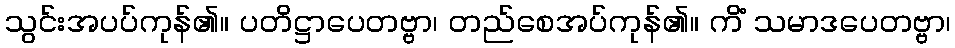
သွင်းအပပ်ကုန်၏။ ပတိဋ္ဌာပေတဗ္ဗာ၊ တည်စေအပ်ကုန်၏။ ကိံ သမာဒပေတဗ္ဗာ၊